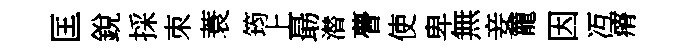
匡銳採朿蓑筠上朂潜瞢使卑無妾籠因冱瘠